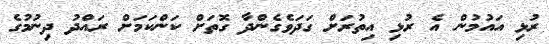
ރުޅި އައުމުން އެ ރުޅި އިތުރަށް ގަދަވެގެންދާ ގޮތަށް ކަންކަމަށް ރައްދު ދިނުމުގެ